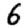
Digit: 6